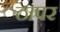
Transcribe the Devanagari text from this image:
ठापर